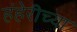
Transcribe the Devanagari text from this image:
हंहेरीच्या